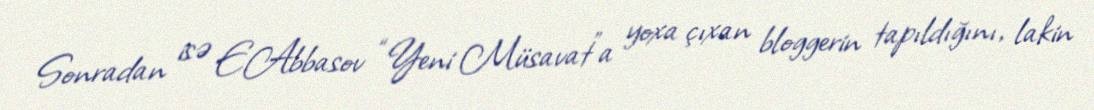
Sonradan isə E.Abbasov “Yeni Müsavat”a yoxa çıxan bloggerin tapıldığını, lakin